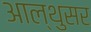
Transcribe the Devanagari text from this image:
आल्थुसर